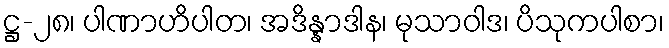
ဋ္ဌ-၂၈၊ ပါဏာဟိပါတ၊ အဒိန္နာဒါန၊ မုသာဝါဒ၊ ပိသုကပါစာ၊